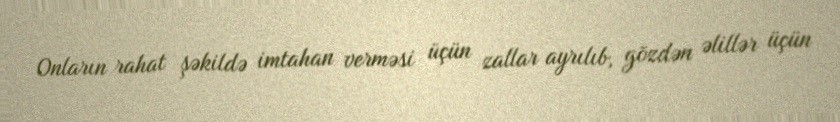
Onların rahat şəkildə imtahan verməsi üçün zallar ayrılıb, gözdən əlillər üçün